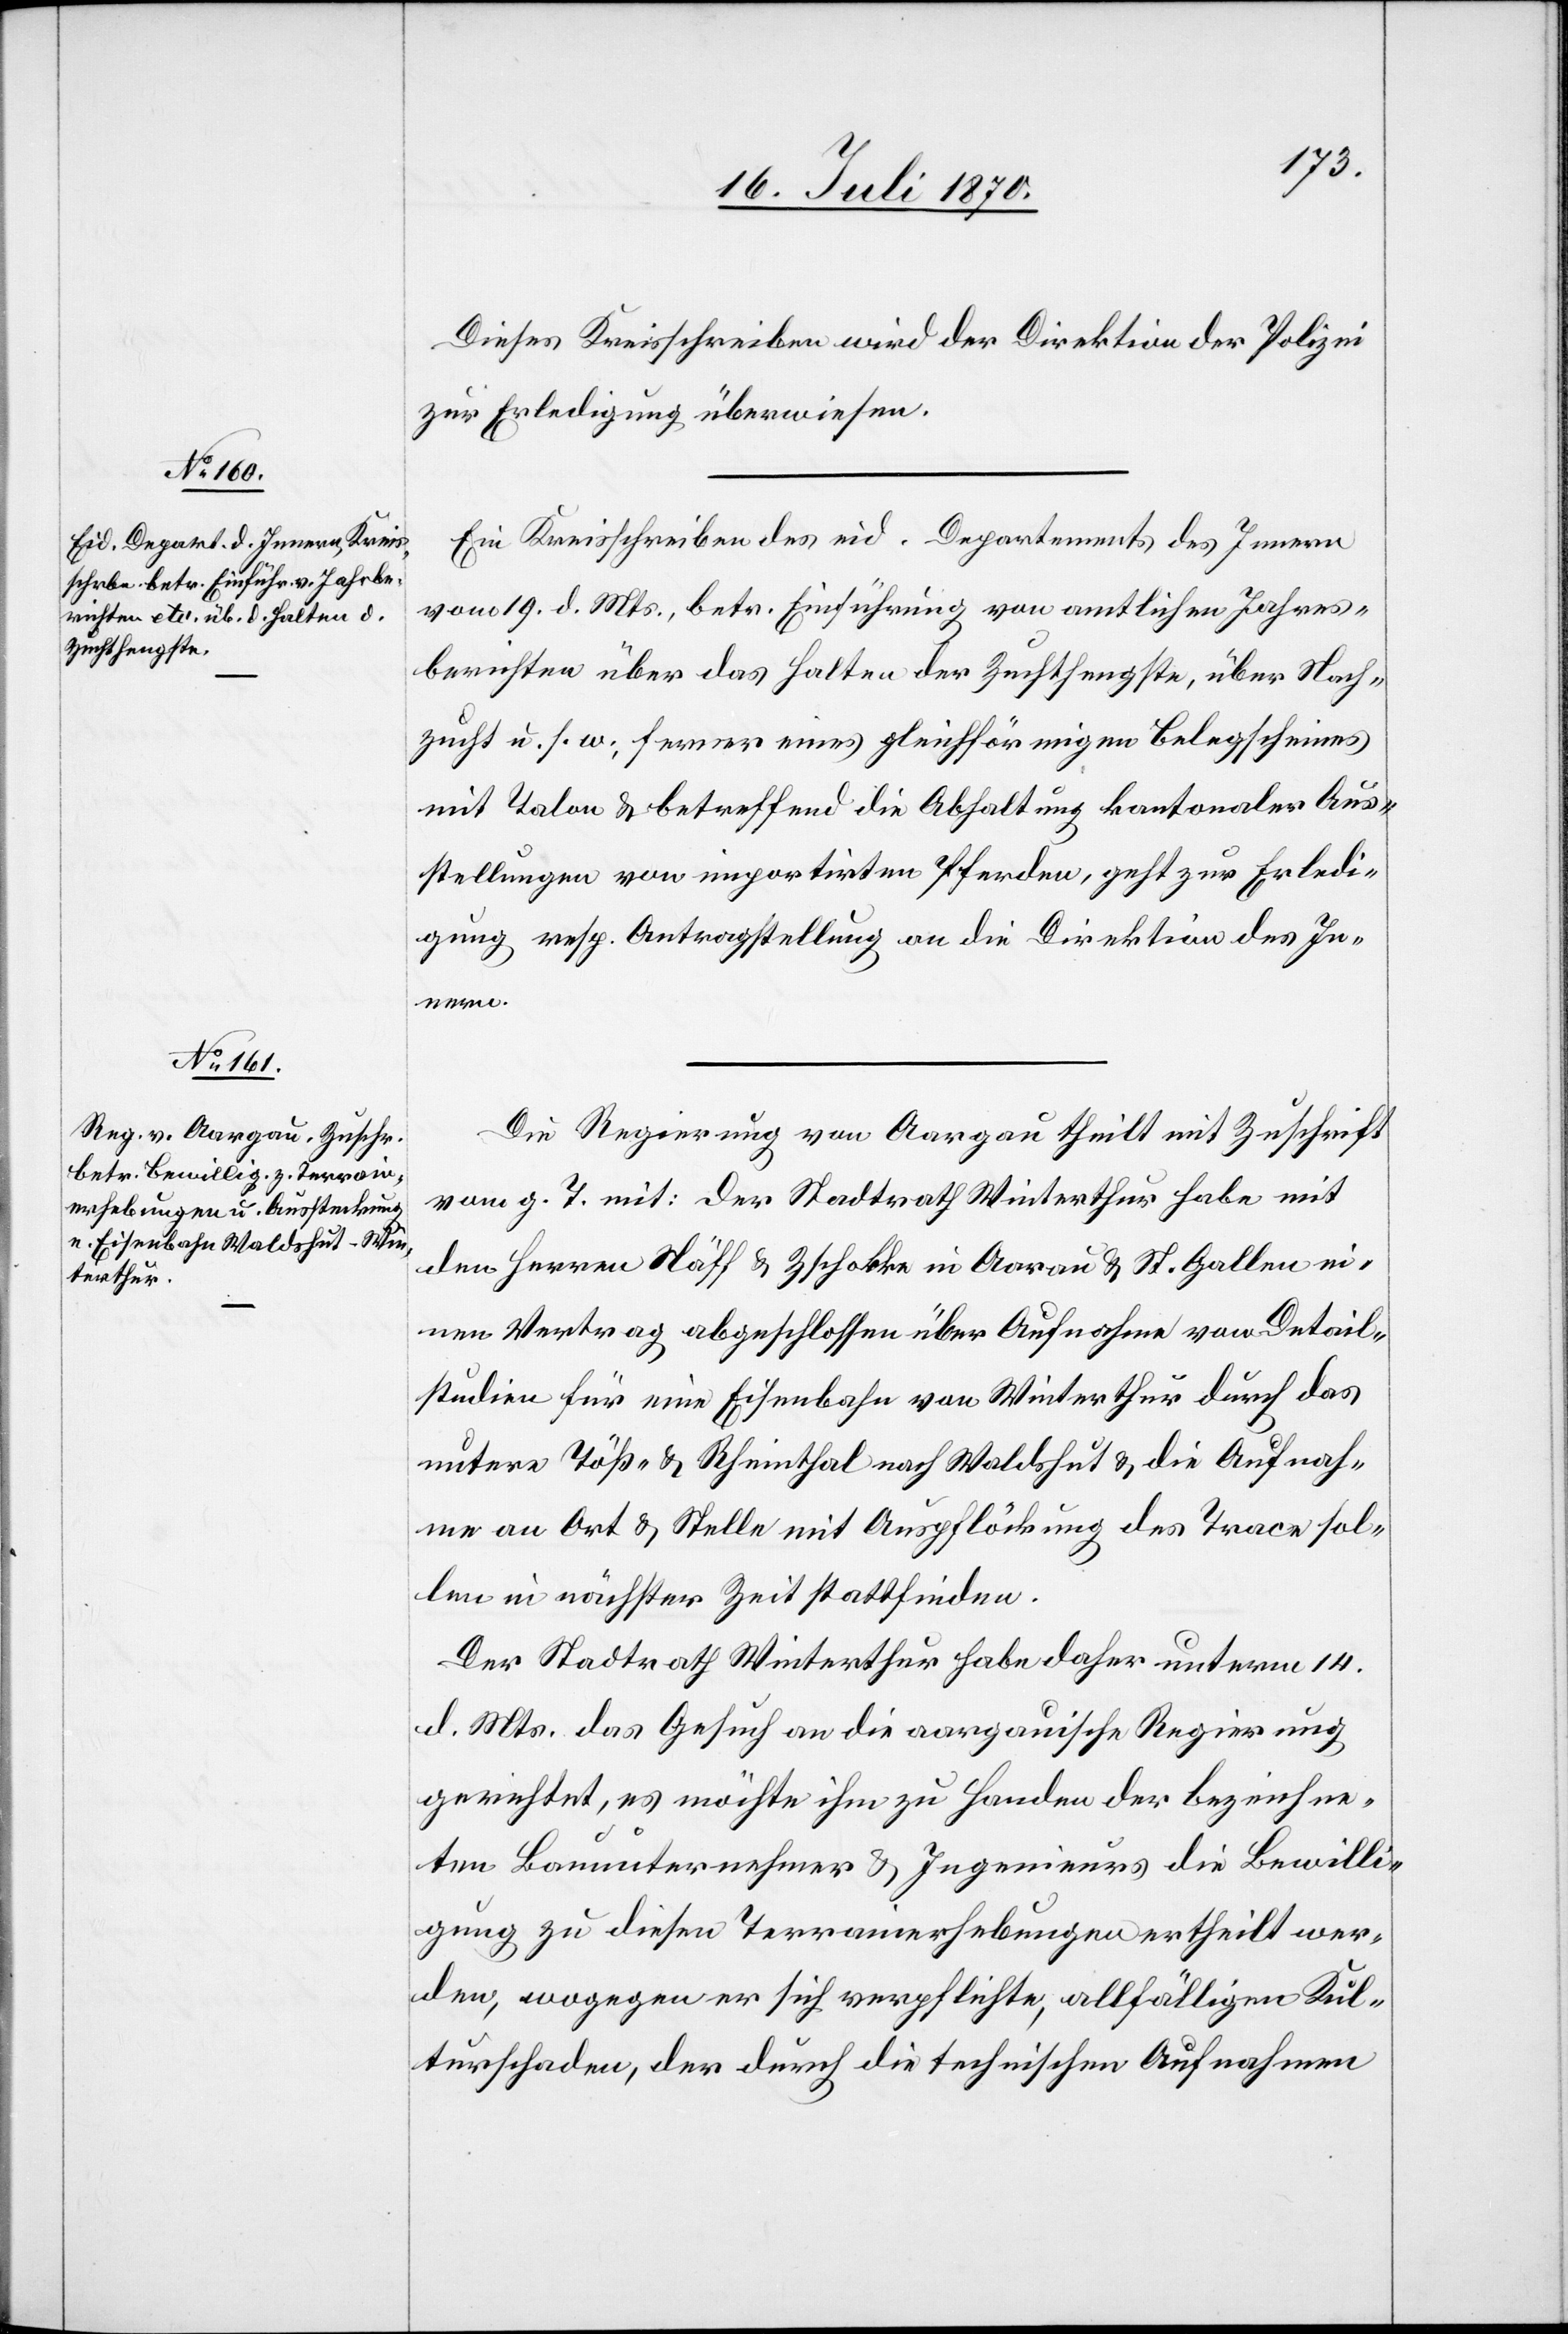
22. Juli 1870.]
Dieses Kreisschreiben wird der Direktion der Polizei
zur Erledigung überwiesen.
Ein Kreisschreiben des eid. Departements des Innern
vom 19. d. Mts., betr. Einführung von amtlichen Jahres¬
berichten über das Halten der Zuchthengste, über Nach¬
zucht u. s. w., ferner eines gleichförmigen Belegscheines
mit Talon & betreffend die Abhaltung kantonaler Aus¬
stellungen von importirten Pferden, geht zur Erledi¬
gung resp. Antragstellung an die Direktion des In¬
nern.
Die Regierung von Aargau theilt mit Zuschrift
vom g. T. mit: Der Stadtrath Winterthur habe mit
den Herren Näff & Zschokke in Aarau & St. Gallen ei¬
nen Vertrag abgeschlossen über Aufnahme von Detail¬
studien für eine Eisenbahn von Winterthur durch das
untere Töß- & Rheinthal nach Waldshut & die Aufnah¬
me an Ort & Stelle mit Auspflöckung des Trace sol¬
len in nächster Zeit stattfinden.
Der Stadtrath Winterthur habe daher unterm 14.
d. Mts. das Gesuch an die aargauische Regierung
gerichtet, es möchte ihm zu Handen der bezeichne¬
ten Bauunternehmer & Ingenieurs die Bewilli¬
gung zu diesen Terrainerhebungen ertheilt wer¬
den, wogegen er sich verpflichte, allfälligen Kul¬
turschaden, der durch die technischen Aufnahmen